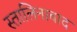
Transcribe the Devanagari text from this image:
स्तालिनाबाद